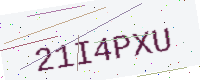
Text: 21I4PXU